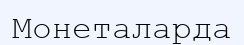
Монеталарда